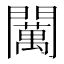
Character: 𨷈